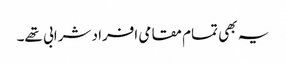
یہ بھی تمام مقامی افراد شرابی تھے۔